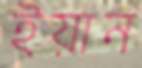
ইয়ান